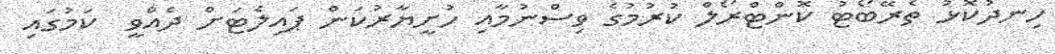
ހިނދުކޮޅު ތެރޭބޯޓު ކޮންޓްރޯލް ކުރުމުގެ ވިސްނުމާއި ހުށީޔާރުކަން ޕައިލެޓަށް ދެއްވީ  ކަމުގައި